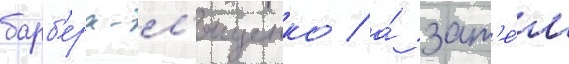
барб'ера-л'ященко / а́ зат'е́м